Report of the King Institute of Preventive Medicine, Guindy
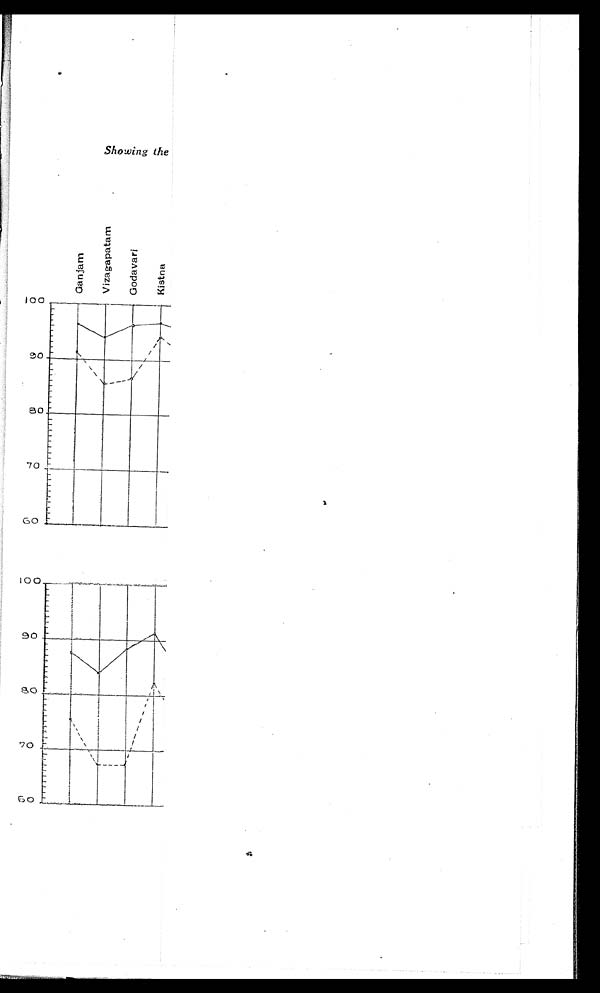
Showi ng t he